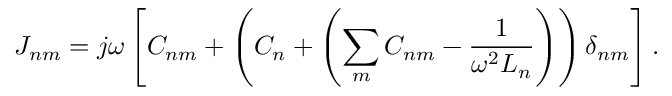
J _ { n m } = j \omega \left[ C _ { n m } + \left( C _ { n } + \left( \sum _ { m } C _ { n m } - \frac { 1 } { \omega ^ { 2 } L _ { n } } \right) \right) \delta _ { n m } \right] .